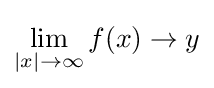
\lim _{|x|\to \infty }f(x)\to y